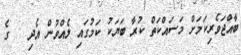
ބާއްޖަވެރިކަމަށް މަސައްކަތް ކުރާ ބަޔަކު ކަމުގައި ލެއްވުން އެދި   ގެ